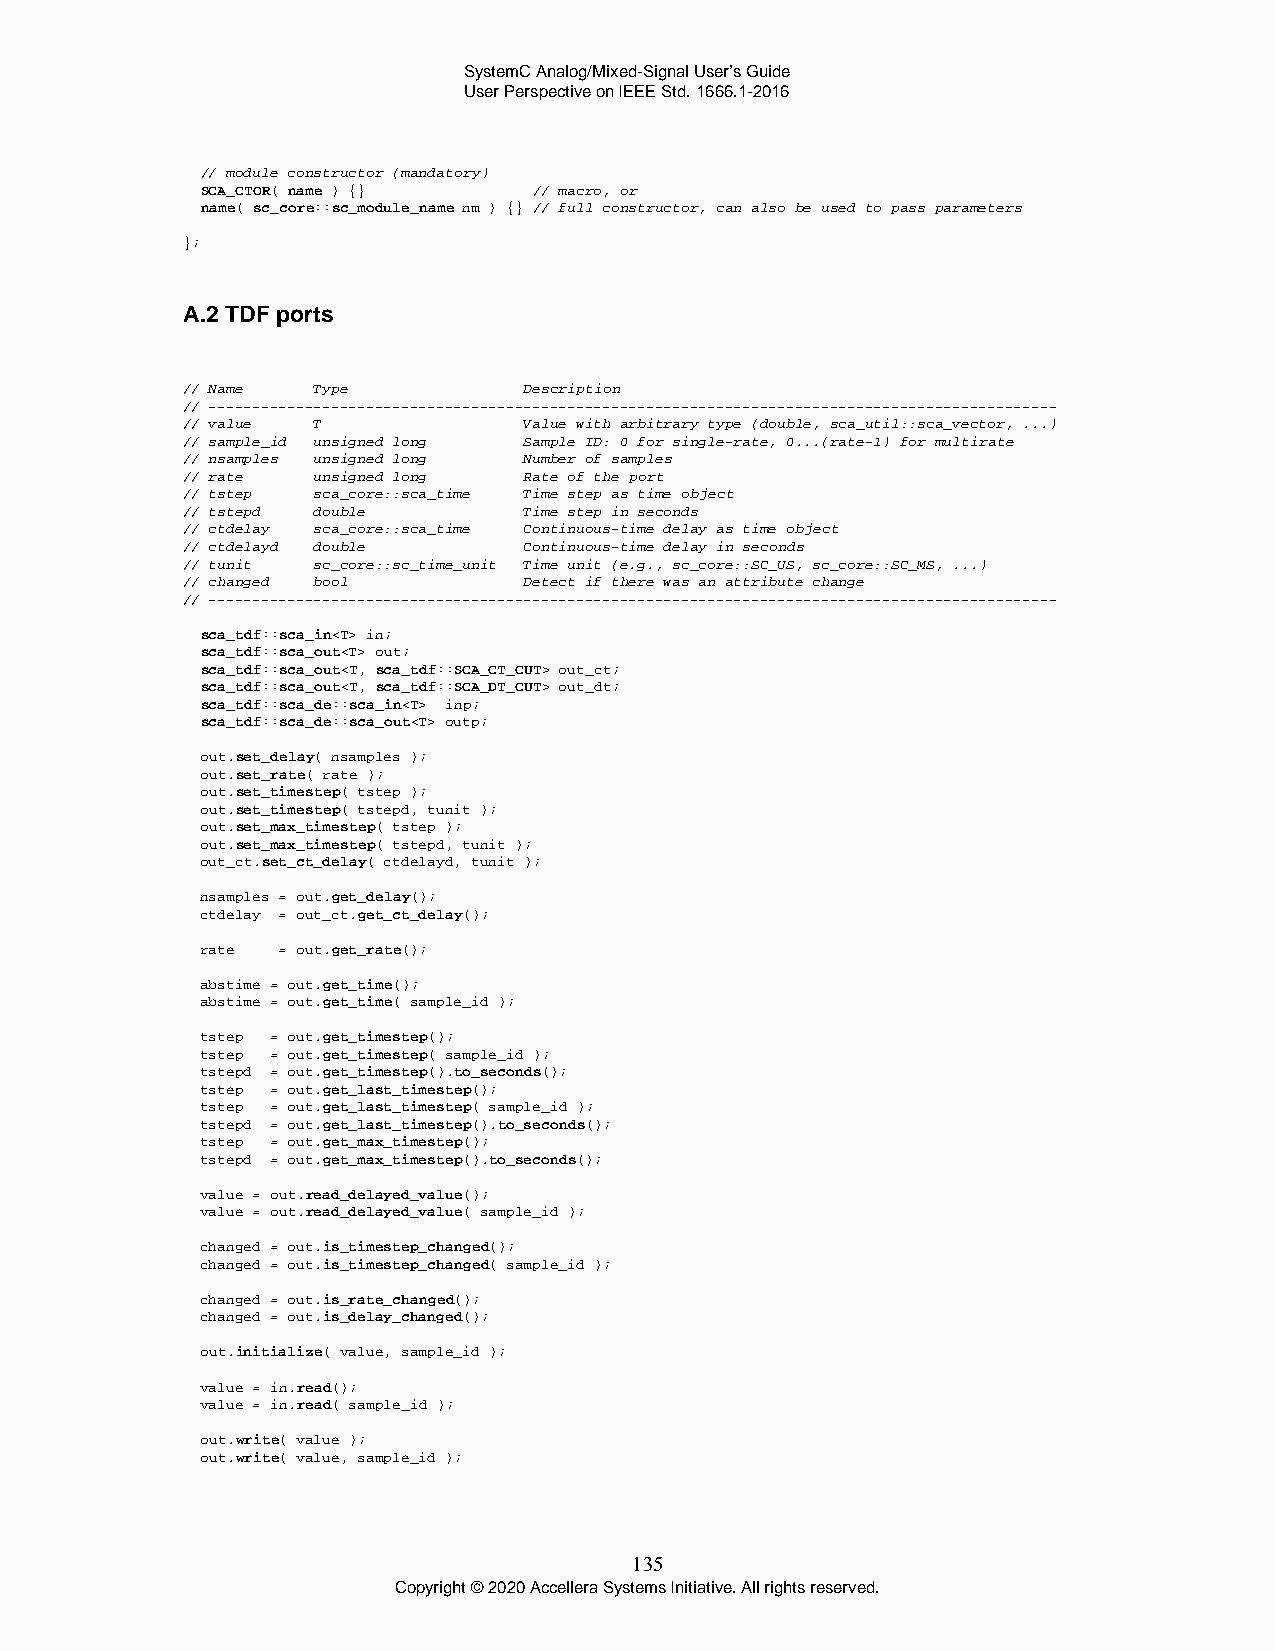
SystemC Analog/Mixed-Signal User’s Guide
 User Perspective on IEEE Std. 1666.1-2016
 // module constructor (mandatory)
 SCA_CTOR( name ) {}   // macro, or
 name( sc_core::sc_module_name nm ) {} // full constructor, can also be used to pass parameters
 };
 A.2 TDF ports
 // Name  Type          Description
 // -------------------------------------------------------------------------------------------------
 // value T             Value with arbitrary type (double, sca_util::sca_vector, ...)
 // sample_id unsigned long Sample ID: 0 for single-rate, 0...(rate-1) for multirate
 // nsamples unsigned long Number of samples
 // rate  unsigned long Rate of the port
 // tstep sca_core::sca_time Time step as time object
 // tstepd double       Time step in seconds
 // ctdelay sca_core::sca_time Continuous-time delay as time object
 // ctdelayd double     Continuous-time delay in seconds
 // tunit sc_core::sc_time_unit Time unit (e.g., sc_core::SC_US, sc_core::SC_MS, ...)
 // changed bool        Detect if there was an attribute change
 // -------------------------------------------------------------------------------------------------
 sca_tdf::sca_in<T> in;
 sca_tdf::sca_out<T> out;
 sca_tdf::sca_out<T, sca_tdf::SCA_CT_CUT> out_ct;
 sca_tdf::sca_out<T, sca_tdf::SCA_DT_CUT> out_dt;
 sca_tdf::sca_de::sca_in<T> inp;
 sca_tdf::sca_de::sca_out<T> outp;
 out.set_delay( nsamples );
 out.set_rate( rate );
 out.set_timestep( tstep );
 out.set_timestep( tstepd, tunit );
 out.set_max_timestep( tstep );
 out.set_max_timestep( tstepd, tunit );
 out_ct.set_ct_delay( ctdelayd, tunit );
 nsamples = out.get_delay();
 ctdelay = out_ct.get_ct_delay();
 rate = out.get_rate();
 abstime = out.get_time();
 abstime = out.get_time( sample_id );
 tstep = out.get_timestep();
 tstep = out.get_timestep( sample_id );
 tstepd = out.get_timestep().to_seconds();
 tstep = out.get_last_timestep();
 tstep = out.get_last_timestep( sample_id );
 tstepd = out.get_last_timestep().to_seconds();
 tstep = out.get_max_timestep();
 tstepd = out.get_max_timestep().to_seconds();
 value = out.read_delayed_value();
 value = out.read_delayed_value( sample_id );
 changed = out.is_timestep_changed();
 changed = out.is_timestep_changed( sample_id );
 changed = out.is_rate_changed();
 changed = out.is_delay_changed();
 out.initialize( value, sample_id );
 value = in.read();
 value = in.read( sample_id );
 out.write( value );
 out.write( value, sample_id );
 135
 Copyright © 2020 Accellera Systems Initiative. All rights reserved.